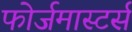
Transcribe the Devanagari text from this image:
फोर्जमास्टर्स